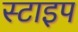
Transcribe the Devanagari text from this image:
स्टाइप